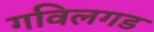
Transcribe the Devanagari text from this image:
गविलगड